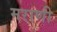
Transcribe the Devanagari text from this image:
मराणी